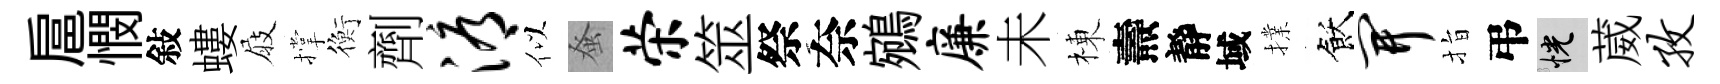
扈憫敍螻屐撑衡劑溽似𫊫荣筮祭奈鵷廉未棟燾靜域擈飫开指弔恍葳孜